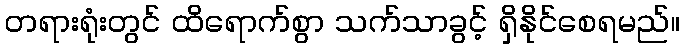
တရားရုံးတွင် ထိရောက်စွာ သက်သာခွင့် ရှိနိုင်စေရမည်။